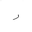
Letter: _ra